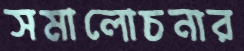
সমালোচনার